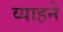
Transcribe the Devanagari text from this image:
व्याहने